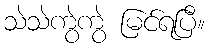
သဲသဲကွဲကွဲ မြင်ရပြီ။